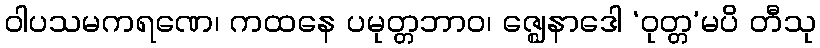
ဝါပသမကရဏေ၊ ကထနေ ပမုတ္တဘာဝ၊ ဇ္ဈေနာဒေါ ‘ဝုတ္တ’မပိ တီသု